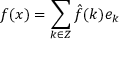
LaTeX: f ( x ) = \sum _ { k \in Z } { \hat { f } } ( k ) e _ { k }